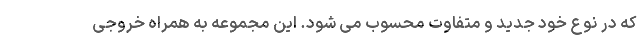
که در نوع خود جدید و متفاوت محسوب می شود. این مجموعه به همراه خروجی